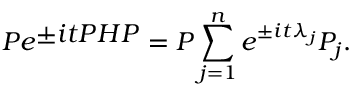
P e ^ { \textstyle \pm i t P H P } = P \sum _ { j = 1 } ^ { n } e ^ { \pm i t { \lambda } _ { j } } P _ { j } .